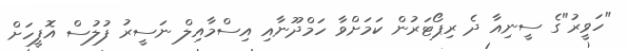
"ހަވީރު"ގެ ސީނިއާ ދެ ރިޕޯޓަރުން ކަމަށްވާ ހަމްދޫނާއި އިސްމާއިލް ނަސީރު ފުލުސް އޮފީހަށް